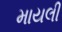
માયલી